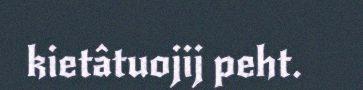
kietâtuojij peht.